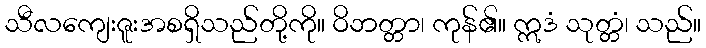
သီလကျေးဇူးအစရှိသည်တို့ကို။ ဝိဘတ္တာ၊ ကုန်၏။ ဣဒံ သုတ္တံ၊ သည်။